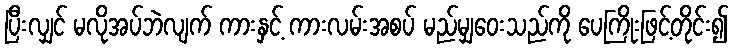
ပြီးလျှင် မလိုအပ်ဘဲလျက် ကားနှင့် ကားလမ်းအစပ် မည်မျှဝေးသည်ကို ပေကြိုးဖြင့်တိုင်း၍